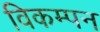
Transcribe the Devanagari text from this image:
विकम्पन